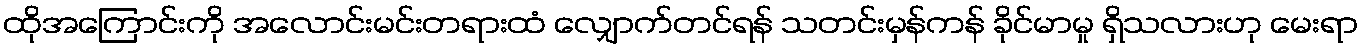
ထိုအကြောင်းကို အလောင်းမင်းတရားထံ လျှောက်တင်ရန် သတင်းမှန်ကန် ခိုင်မာမှု ရှိသလားဟု မေးရာ